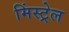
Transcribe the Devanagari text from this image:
मिंस्ट्रेल